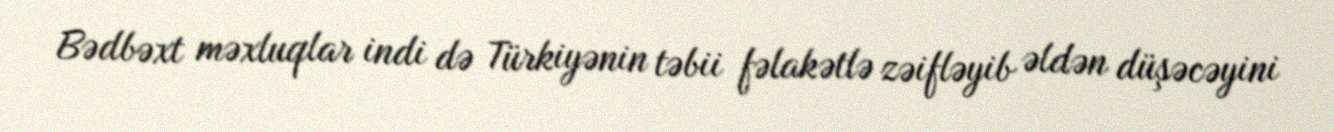
Bədbəxt məxluqlar indi də Türkiyənin təbii fəlakətlə zəifləyib əldən düşəcəyini